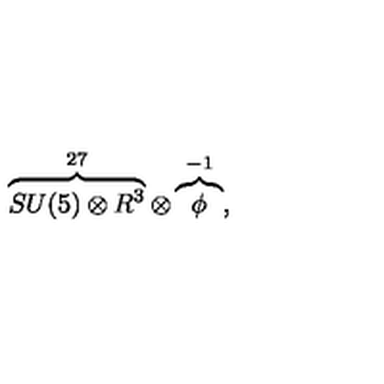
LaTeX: \overbrace { S U ( 5 ) \otimes R ^ { 3 } } ^ { 2 7 } \otimes \overbrace { \phi } ^ { - 1 } ,